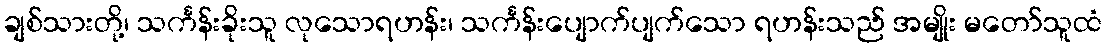
ချစ်သားတို့၊ သင်္ကန်းခိုးသူ လုသောရဟန်း၊ သင်္ကန်းပျောက်ပျက်သော ရဟန်းသည် အမျိုး မတော်သူထံ